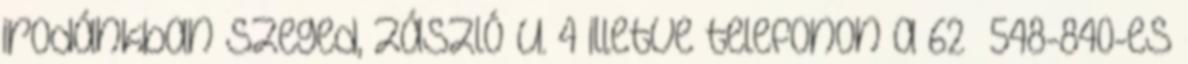
irodánkban Szeged, Zászló u. 4 illetve telefonon a 62 548-840-es